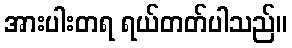
အားပါးတရ ရယ်တတ်ပါသည်။